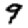
Digit: 9